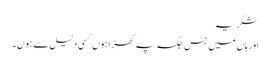
شکریہ
اور ہاں میں جس جگہ پہ کھڑا ہوں کسی دلیل سے ہوں۔